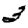
Digit: 3